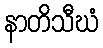
နာတိသီဃံ